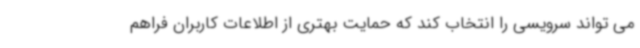
می تواند سرویسی را انتخاب کند که حمایت بهتری از اطلاعات کاربران فراهم